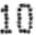
10